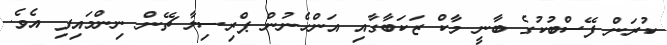
ކުރަން ފޭސްބުކުގެ ބާނީ މާކް ޒަކަބާގާއި އަންހެނުން ޕްރިސިލާ ޗޭން ނިންމައިފި އެވެ.